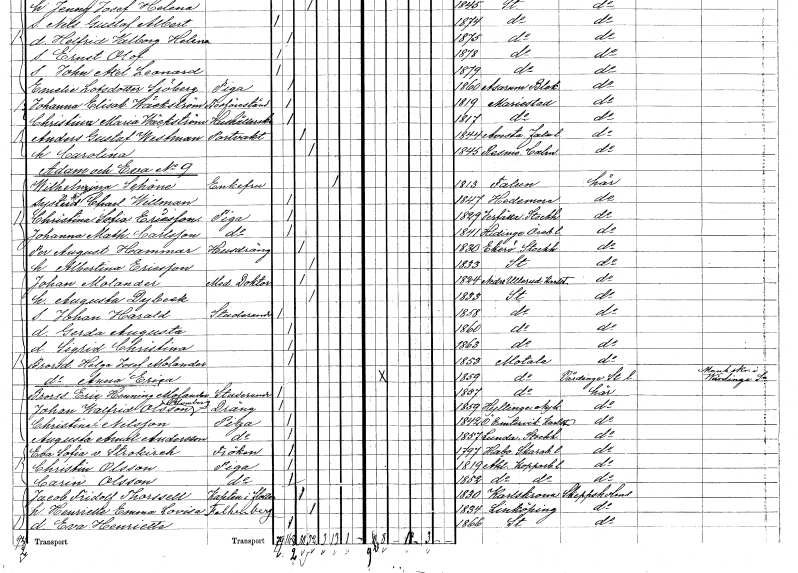
gt_parse: households: individuals: FN: Wilhelmina Charlotta
EN: Willman
KON: K
CIV: O
FODAR: 1847
FODFORS: Hedemora Kopparbergs län
FN: Christina Sofia
EN: Ericsson
YRKE: Piga
KON: K
CIV: O
FODAR: 1829
FODFORS: Järfälla Stockholms län
FN: Johanna Mathilda
EN: Carlsson
YRKE: Piga
KON: K
CIV: O
FODAR: 1841
FODFORS: Hidinge Örebro län
FN: Per August
EN: Hammar
YRKE: Husdräng tjänstehjon hos ägarna
KON: M
CIV: G
FODAR: 1830
FODFORS: Ekerö Stockholms län
FN: Albertina
EN: Ericsson
KON: K
CIV: G
FODAR: 1833
FODFORS: Stockholm
FN: Johan
EN: Molander
YRKE: Medicine doktor
KON: M
CIV: G
FODAR: 1824
FODFORS: Nedre Ullerud Värmlands län
FN: Augusta
EN: Dybeck
KON: K
CIV: G
FODAR: 1833
FODFORS: Stockholm
FN: Johan Harald
YRKE: Studerande
KON: M
CIV: O
FODAR: 1858
FODFORS: Stockholm
FN: Gerda Augusta
KON: K
CIV: O
FODAR: 1860
FODFORS: Stockholm
FN: Sigrid Christina
KON: K
CIV: O
FODAR: 1863
FODFORS: Stockholm
FN: Helga Josefina
EN: Molander
KON: K
CIV: O
FODAR: 1853
FODFORS: Motala Östergötlands län
FN: Anna Erica
KON: K
CIV: O
FODAR: 1859
FODFORS: Motala Östergötlands län
FN: Eric Henning
EN: Molander
YRKE: Studerande
KON: M
CIV: O
FODAR: 1857
FODFORS: Motala Östergötlands län
FN: Johan Walfrid
EN: Olsson Blomberg
YRKE: Dräng
KON: M
CIV: O
FODAR: 1859
FODFORS: Hyltinge Södermanlands län
FN: Christina
EN: Nilsson
YRKE: Piga
KON: K
CIV: O
FODAR: 1842
FODFORS: Östra Ämtervik Värmlands län
FN: Augusta Amalia
EN: Andersson
YRKE: Piga
KON: K
CIV: O
FODAR: 1857
FODFORS: Lunda Stockholms län
FN: Eva Sofia
EN: v. Strokirch
KON: K
CIV: O
FODAR: 1797
FODFORS: Habo Skaraborgs län
FN: Christin
EN: Olsson
YRKE: Piga
KON: K
CIV: O
FODAR: 1819
FODFORS: Ål Kopparbergs län
FN: Carin
EN: Olsson
YRKE: Piga
KON: K
CIV: O
FODAR: 1852
FODFORS: Ål Kopparbergs län
FN: Jacob Fridolf
EN: Thorssell
YRKE: Kapten armén och flottan
KON: M
CIV: G
FODAR: 1830
FODFORS: Karlskrona Blekinge län
FN: Henriette Emma Lovisa
EN: Falkenberg
KON: K
CIV: G
FODAR: 1834
FODFORS: Linköping Östergötlands län
FN: Eva Henriette
KON: K
CIV: O
FODAR: 1866
FODFORS: Stockholm